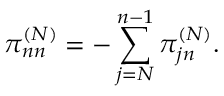
\pi _ { n n } ^ { ( N ) } = - \sum _ { j = N } ^ { n - 1 } \pi _ { j n } ^ { ( N ) } .